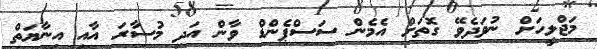
މަޖްލީހަށް ނުވަދެވޭ ގޮތަށް އެމެން ސަސްޕެންޑް ވާން އަދި މުސާރަ އާއި އިނާޔަތް